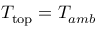
T _ { \mathrm { t o p } } = T _ { a m b }